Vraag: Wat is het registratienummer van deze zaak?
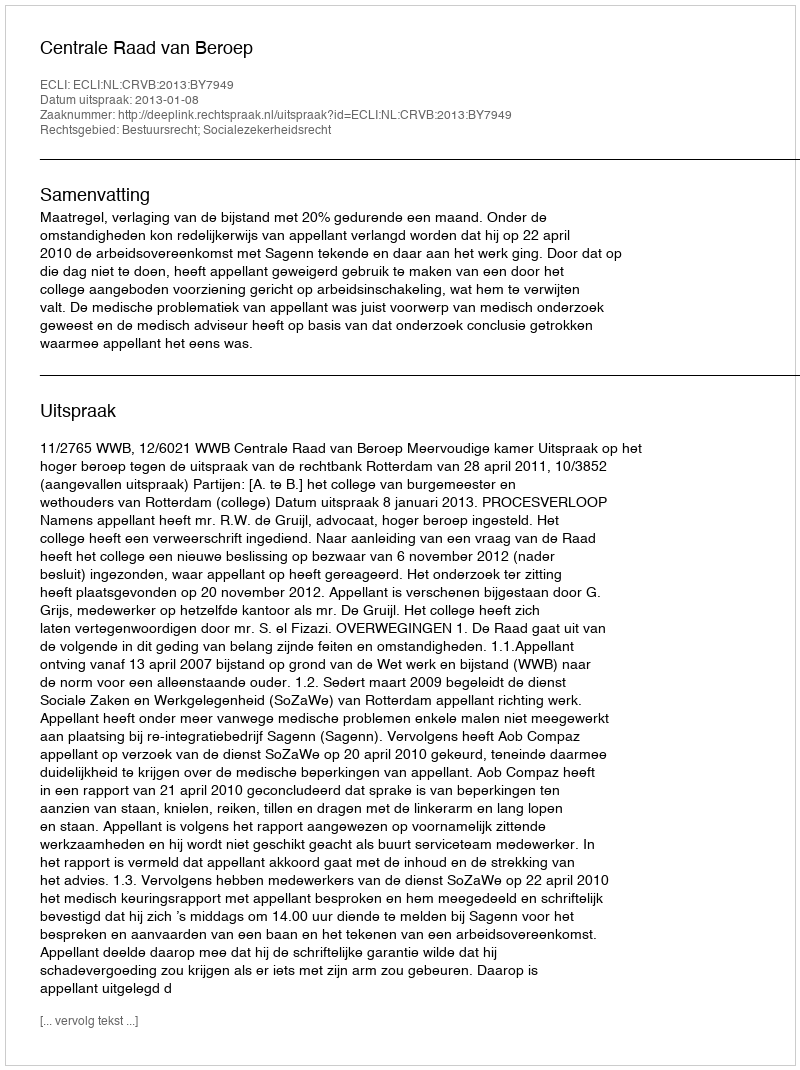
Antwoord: http://deeplink.rechtspraak.nl/uitspraak?id=ECLI:NL:CRVB:2013:BY7949